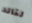
لقائد